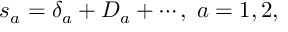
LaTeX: s _ { a } = \delta _ { a } + D _ { a } + \cdots , \; a = 1 , 2 ,